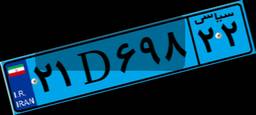
۲۱D۶۹۸۲۲